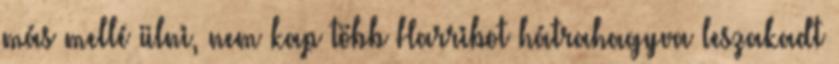
más mellé ülni, nem kap több Harribot hátrahagyva leszakadt